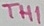
Text: TH1